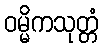
ဝမ္မိကသုတ္တံ